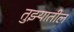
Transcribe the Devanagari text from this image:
तुझ्यातील